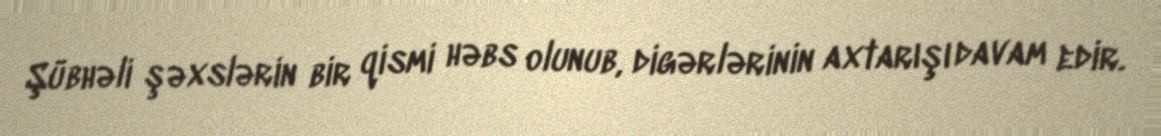
Şübhəli şəxslərin bir qismi həbs olunub, digərlərinin axtarışı davam edir.